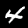
Digit: 4